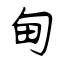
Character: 甸